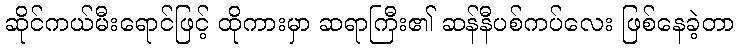
ဆိုင်ကယ်မီးရောင်ဖြင့် ထိုကားမှာ ဆရာကြီး၏ ဆန်နီပစ်ကပ်လေး ဖြစ်နေခဲ့တာ